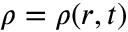
\rho = \rho ( r , t )